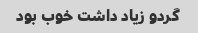
گردو زیاد داشت خوب بود